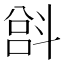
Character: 𫿵